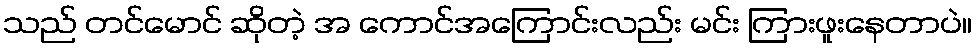
သည် တင်မောင် ဆိုတဲ့ အ ကောင်အကြောင်းလည်း မင်း ကြားဖူးနေတာပဲ။